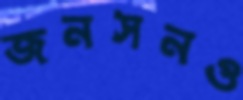
জনসনও